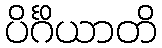
ပိင်္ဂိယာတိ